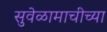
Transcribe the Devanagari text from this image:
सुवेळामाचीच्या